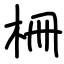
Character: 柵